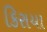
કિરાયા